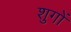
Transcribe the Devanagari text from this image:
शुगों